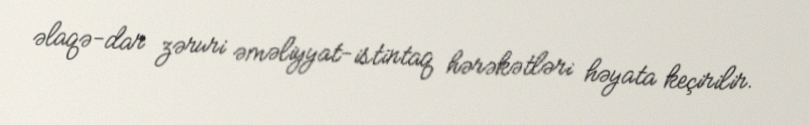
əlaqə­dar zəruri əməliyyat-istintaq hərəkətləri həyata keçirilir.